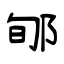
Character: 郇